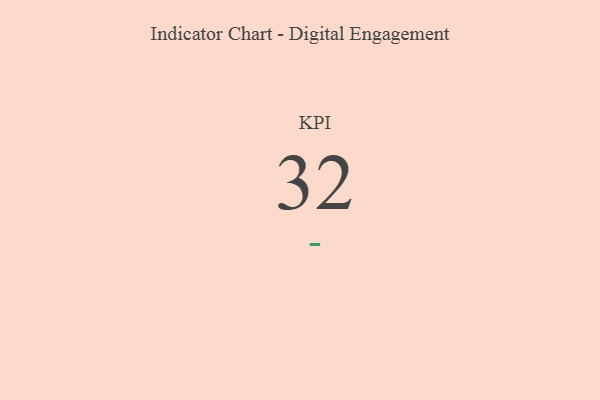
{"axis": {"x": "KPI", "y": "Value"}, "legend": [""], "data": [{"x": "KPI", "y": 32, "type": ""}]}